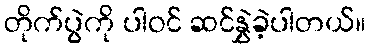
တိုက်ပွဲကို ပါဝင် ဆင်နွှဲခဲ့ပါတယ်။